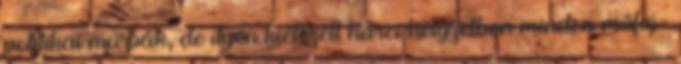
politikai múzsák, de ilyen kiélezett harci helyzetben minden műfaj-